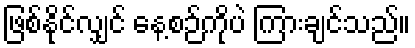
ဖြစ်နိုင်လျှင် နေ့စဉ်ကိုပဲ ကြားချင်သည်။